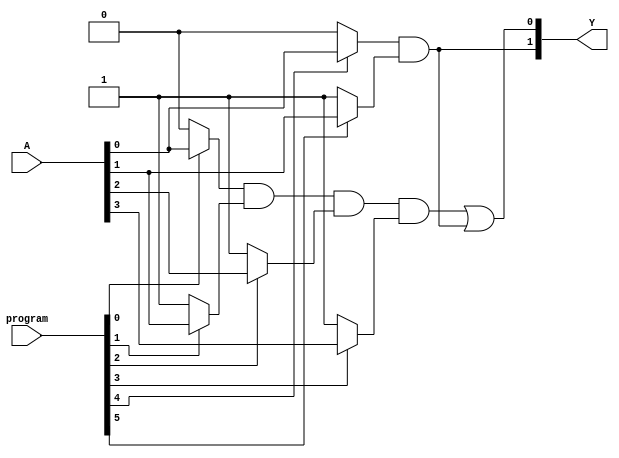
module PAL (
    input wire [3:0] A,       // 4 inputs
    input wire [5:0] program, // Programming bits for 3 AND gates (6 bits)
    output wire [1:0] Y       // 2 outputs
);

// Internal wire declarations for AND gates
wire [2:0] and_out; // Outputs from the AND gates

// Programmable AND gates
assign and_out[0] = (program[0] ? A[0] : 1'b0) & 
                    (program[1] ? A[1] : 1'b1) & 
                    (program[2] ? A[2] : 1'b1) & 
                    (program[3] ? A[3] : 1'b1);
                    
assign and_out[1] = (program[4] ? A[0] : 1'b0) & 
                    (program[5] ? A[1] : 1'b1); // Example of another combination
                    
// Add more AND gates as needed, following the same pattern

// Fixed OR Gates
assign Y[0] = and_out[0] | and_out[1]; // First output
assign Y[1] = and_out[1];              // Second output (can be modified for custom logic)

endmodule